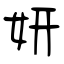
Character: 妍